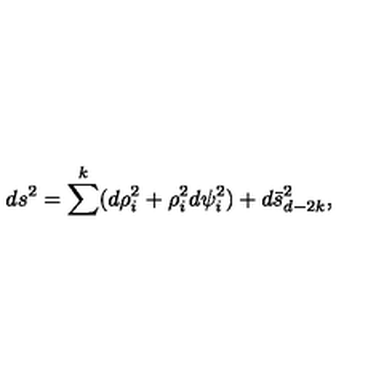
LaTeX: d s ^ { 2 } = \sum ^ { k } ( d \rho _ { i } ^ { 2 } + \rho _ { i } ^ { 2 } d \psi _ { i } ^ { 2 } ) + d \bar { s } _ { d - 2 k } ^ { 2 } ,